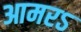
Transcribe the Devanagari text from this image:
आमरऽ